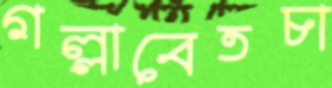
গল্লাবেতচা